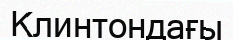
Клинтондағы